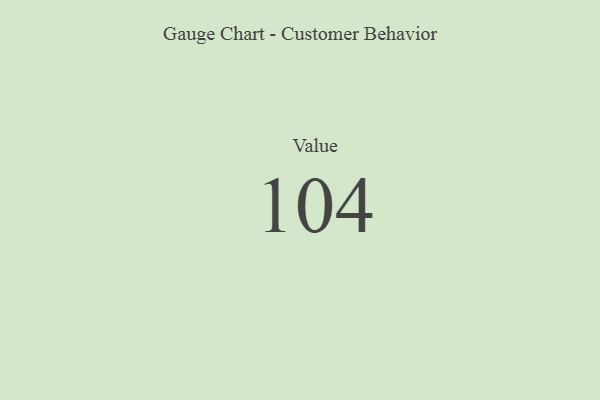
{"axis": {"x": "Metric", "y": "Value"}, "legend": [""], "data": [{"x": "Value", "y": 104, "type": ""}]}